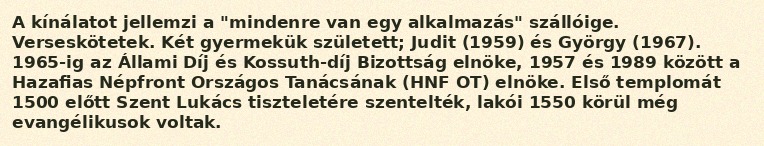
A kínálatot jellemzi a "mindenre van egy alkalmazás" szállóige. Verseskötetek. Két gyermekük született; Judit (1959) és György (1967). 1965-ig az Állami Díj és Kossuth-díj Bizottság elnöke, 1957 és 1989 között a Hazafias Népfront Országos Tanácsának (HNF OT) elnöke. Első templomát 1500 előtt Szent Lukács tiszteletére szentelték, lakói 1550 körül még evangélikusok voltak.